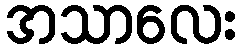
အသာလေး